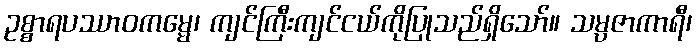
ဥစ္စာရပဿာဝကမ္မေ၊ ကျင်ကြီးကျင်ငယ်ကိုပြုသည်ရှိသော်။ သမ္ပဇာကာရီ၊